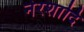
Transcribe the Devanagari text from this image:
नेरशादि